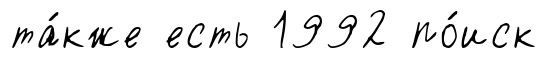
та́кже есть 1992 по́иск